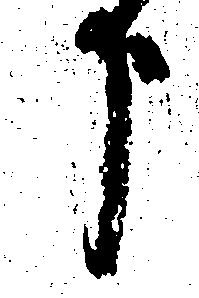
う